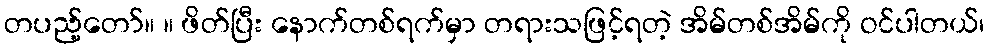
တပည့်တော်။ ။ ဖိတ်ပြီး နောက်တစ်ရက်မှာ တရားသဖြင့်ရတဲ့ အိမ်တစ်အိမ်ကို ဝင်ပါတယ်၊